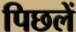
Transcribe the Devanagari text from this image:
पिछलें